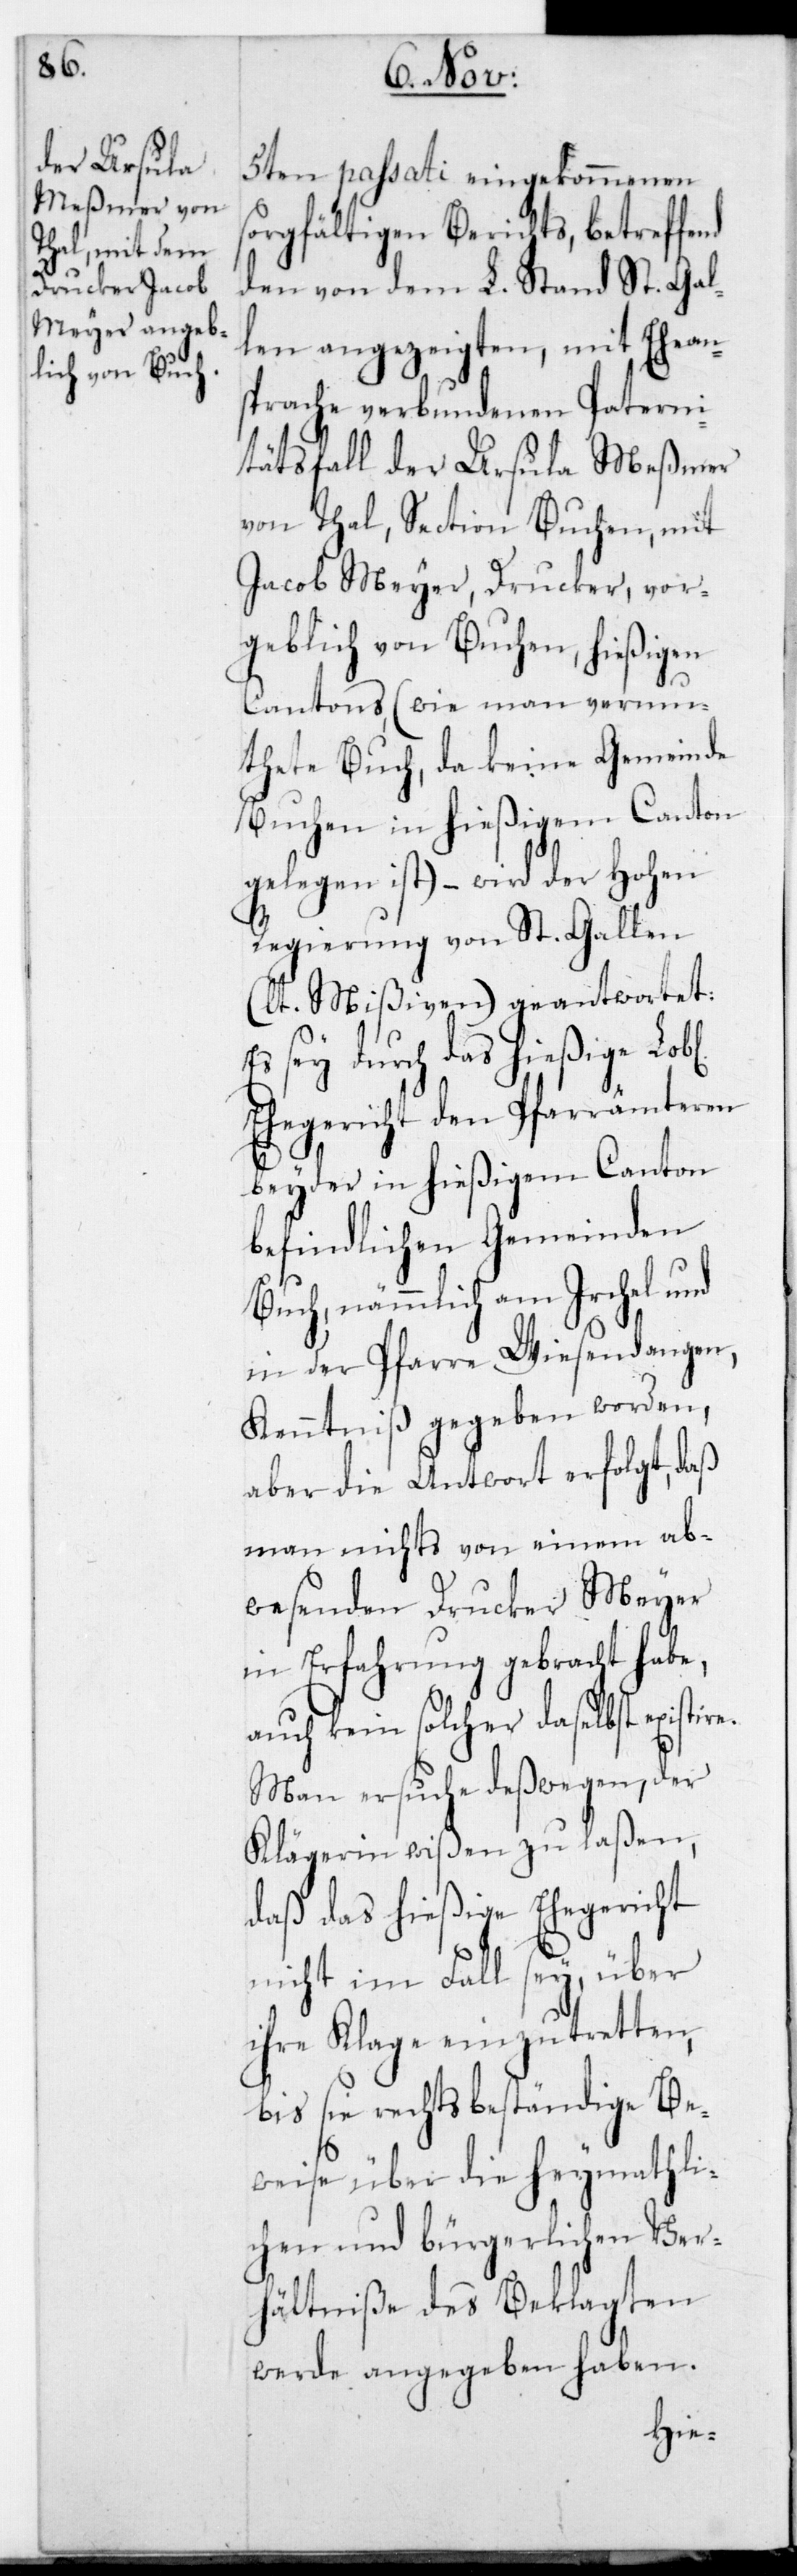
re.

sorgfältigen Berichts, betreffend
den von dem L. Stand St. Gal¬
len angezeigten, mit Ehean¬
sprache verbundenen Paterni¬
tätsfall der Ursula Meßmer
von Thal, Section Buchen, mit
Jacob Meyer, Drucker, vor¬
geblich von Buchen, hießigen
Cantons (wie man vermu¬
tete Buch, da keine Gemeinde
Buchen in hießigem Canton
gelegen ist) – wird der Hohen
Regierung von St. Gallen
(lt. Mißiven) geantwortet:
Es sey durch das hießige Lobl.
Ehegericht den Pfarrämteren
beyder in hießigem Canton
befindlichen Gemeinden
Buch, nämmlich am Irchel und
in der Pfarre Wiesendangen,
Kenntniß gegeben worden,
aber die Antwort erfolgt, daß
man nichts von einem ab¬
wesenden Drucker Meyer
in Erfahrung gebracht habe,
auch kein solcher daselbst existie¬
Man ersuche deßwegen, der
Klägerin wißen zu laßen,
daß das hießige Ehegericht
nicht im Fall sey, über
ihre Klage einzutretten,
bis sie rechtsbeständige Be¬
weise über die heymathli¬
chen und bürgerlichen Ver¬
hältniße des Beklagten
werde angegeben haben.